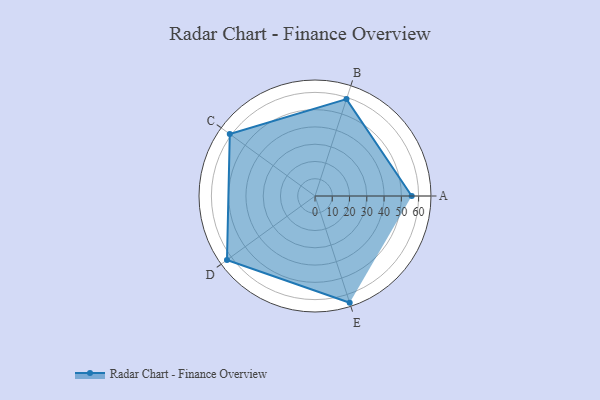
{"axis": {"x": "Skill", "y": "Score"}, "legend": ["Profile"], "data": [{"x": "A", "y": 56.0, "type": "Profile"}, {"x": "B", "y": 59.0, "type": "Profile"}, {"x": "C", "y": 61.0, "type": "Profile"}, {"x": "D", "y": 63.0, "type": "Profile"}, {"x": "E", "y": 65.0, "type": "Profile"}]}